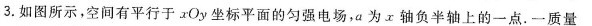
3.如图所示，空间有平行于xOy坐标平面的匀强电场，a为x轴负半轴上的一点。一质量